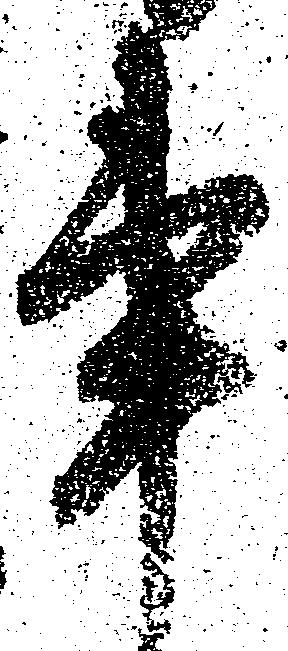
事